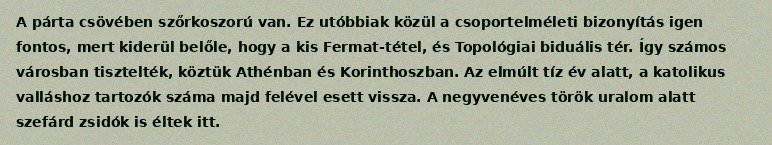
A párta csövében szőrkoszorú van. Ez utóbbiak közül a csoportelméleti bizonyítás igen fontos, mert kiderül belőle, hogy a kis Fermat-tétel, és Topológiai biduális tér. Így számos városban tisztelték, köztük Athénban és Korinthoszban. Az elmúlt tíz év alatt, a katolikus valláshoz tartozók száma majd felével esett vissza. A negyvenéves török uralom alatt szefárd zsidók is éltek itt.